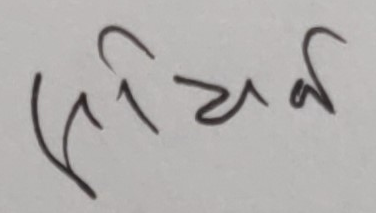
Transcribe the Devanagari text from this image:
सृर्यक